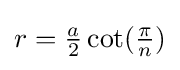
r={\tfrac {a}{2}}\cot({\tfrac {\pi }{n}})